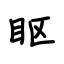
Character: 眍